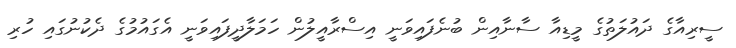
ސީރިއާގެ ދައުލަތުގެ މީޑިއާ ސާނާއިން ބުނެފައިވަނީ އިސްރާއީލުން ހަމަލާދީފައިވަނީ އެގައުމުގެ ދެކުނުގައި ހުރި